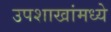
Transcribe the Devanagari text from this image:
उपशाखांमध्ये